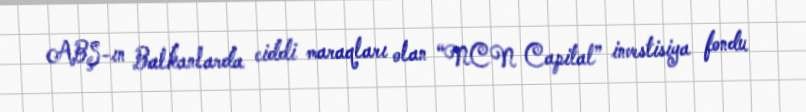
ABŞ-ın Balkanlarda ciddi maraqları olan “NCN Capital” investisiya fondu